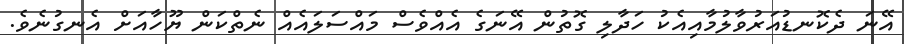
އޭނަ ދެކޮނޑުއަރުވާލުމާއިއެކު ހަދާލި ގޮތުން އޭނަގެ އެއްވެސް މައްސަލައެއް ނެތްކަން ޔޫހާއަށް އެނގުނެވެ.